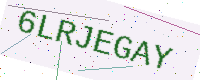
Text: 6LRJEGAY